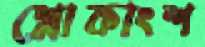
শ্লোকাংশ